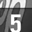
Digit: 5